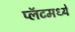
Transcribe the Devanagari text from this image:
प्लॅटमध्ये